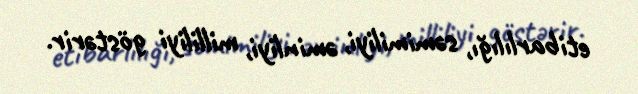
etibarlılığı, səmimiliyi, əminliyi, milliliyi göstərir.